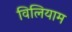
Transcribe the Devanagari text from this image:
विलियाम